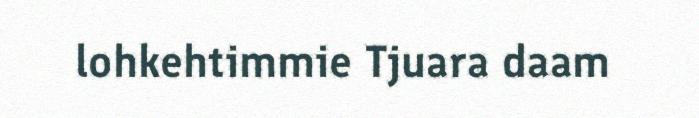
lohkehtimmie Tjuara daam